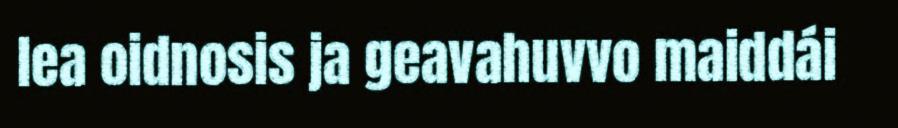
lea oidnosis ja geavahuvvo maiddái